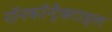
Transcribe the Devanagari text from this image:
नॉनकॉन्ट्रैक्टाइल